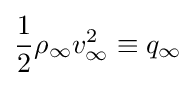
{{\frac {1}{2}}\rho _{\infty }v_{\infty }^{2}\equiv q_{\infty }}